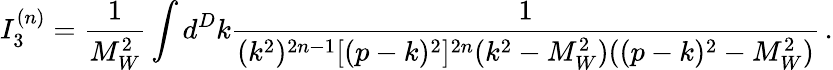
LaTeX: I_{3}^{(n)}=\frac{1}{M_{W}^{2}}\int d^{D}k\frac{1}{(k^{2})^{2n-1}[(p-k)^{2}]^{2n}(k^{2}-M_{W}^{2})((p-k)^{2}-M_{W}^{2})}\, .